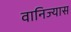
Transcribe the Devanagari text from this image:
वानिज्यास